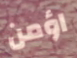
اؤمن